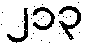
၂၁၃